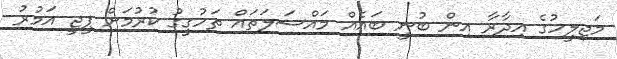
މަޖިލީހުގެ އިދާރާ އިން ބުނީ ބައެއް މައްސަލަތައް ތަހުގީގު ކުރުމަށް ޕީޖީ އަމުރު